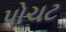
પોચટ